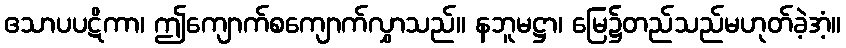
ဧသာပပဋိကာ၊ ဤကျောက်စကျောက်လွှာသည်။ နဘူမဋ္ဌာ၊ မြေ၌တည်သည်မဟုတ်ခဲ့အံ့။